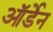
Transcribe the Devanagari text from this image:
ऑर्डेन